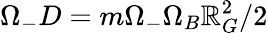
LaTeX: \Omega_{-}D=m\Omega_{-}\Omega_{B}\mathbb{R}_{G}^{2}/2